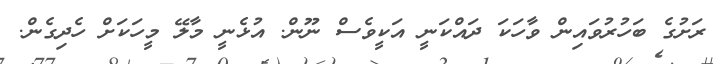
ރަށުގެ ބަހުރުވައިން ވާހަކަ ދައްކަނީ އަކީވެސް ނޫން. އުޅެނީ މާލޭ މީހަކަށް ހެދިގެން.